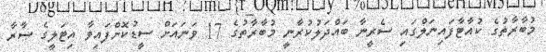
މުބާރާތުގެ ކުއާޓާފައިނަލްގައި ސެރީނާ ބައްދަލުކުރާނީ މުބާރާތުގެ 17 ވަނައަށް ސީޑުކޮށްފައިވާ އިޓަލީގެ ސާރާ